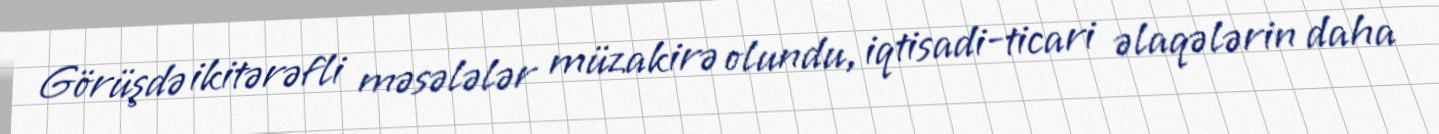
Görüşdə ikitərəfli məsələlər müzakirə olundu, iqtisadi-ticari əlaqələrin daha